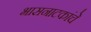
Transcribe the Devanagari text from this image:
भासनाटकांचे